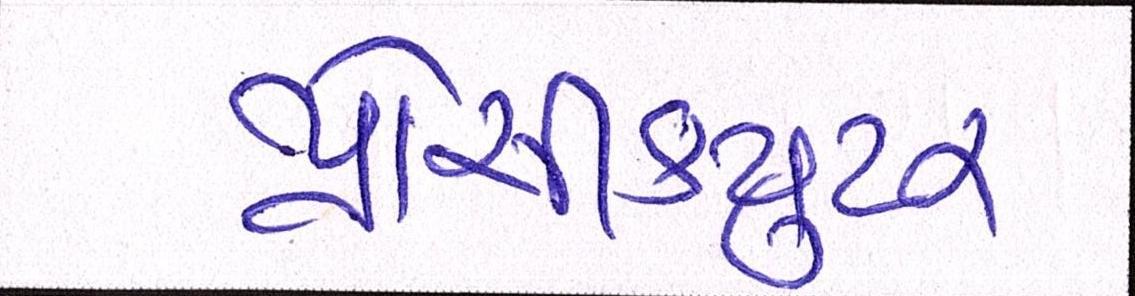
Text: પ્રોસીકયુટર